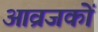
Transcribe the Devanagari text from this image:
आव्रजकों